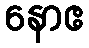
နောဧ